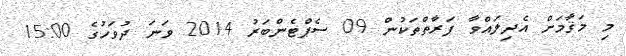
މި މަޤާމަށް އެދިލައްވާ ފަރާތްތަކުން 09 ސެޕްޓެންބަރު 2014 ވަނަ ދުވަހުގެ 15:00